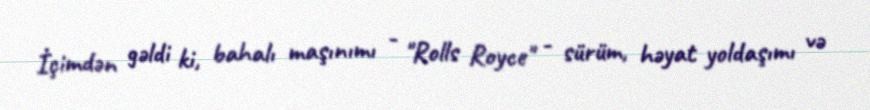
İçimdən gəldi ki, bahalı maşınımı - "Rolls Royce" - sürüm, həyat yoldaşımı və